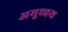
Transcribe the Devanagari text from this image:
अमुच्चय